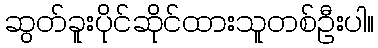
ဆွတ်ခူးပိုင်ဆိုင်ထားသူတစ်ဦးပါ။